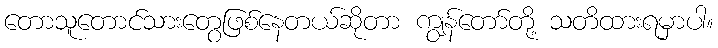
တောသူတောင်သားတွေဖြစ်နေတယ်ဆိုတာ ကျွန်တော်တို့ သတိထားရမှာပါ။